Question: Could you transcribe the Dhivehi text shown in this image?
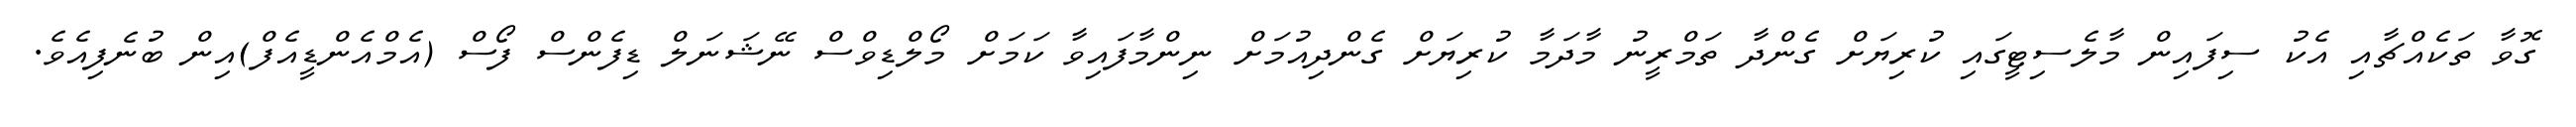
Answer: ގޮވާ ތަކެއްޗާއި އެކު ސިފައިން މާލެސިޓީގައި ކުރިޔަށް ގެންދާ ތަމްރީނު މާދަމާ ކުރިޔަށް ގެންދިއުމަށް ނިންމާފައިވާ ކަމަށް މޯލްޑިވްސް ނޭޝަނަލް ޑިފެންސް ފޯސް (އެމްއެންޑީއެފް)އިން ބުނެފިއެވެ.